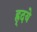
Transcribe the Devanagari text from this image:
ह्र्दये